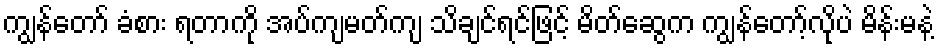
ကျွန်တော် ခံစား ရတာကို အပ်ကျမတ်ကျ သိချင်ရင်ဖြင့် မိတ်ဆွေက ကျွန်တော့်လိုပဲ မိန်းမနဲ့